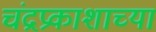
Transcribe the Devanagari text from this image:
चंद्रप्रकाशाच्या